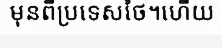
មុនពីប្រទេសថៃ។ហើយ